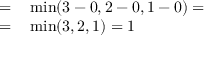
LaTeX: \begin{array} { r l } { = } & { { } \operatorname* { m i n } ( 3 - 0 , 2 - 0 , 1 - 0 ) = } \\ { = } & { { } \operatorname* { m i n } ( 3 , 2 , 1 ) = 1 } \end{array}